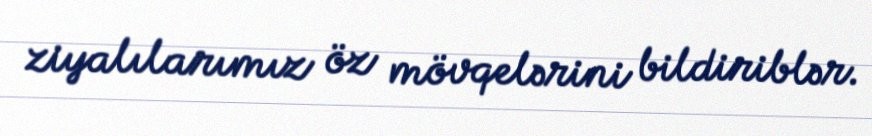
ziyalılarımız öz mövqelərini bildiriblər.